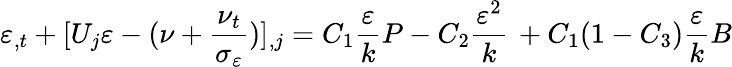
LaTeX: \varepsilon_{,t}+[U_{j}\varepsilon-(\nu+\frac{\nu_{t}}{\sigma_{\varepsilon}})]_{,j}=C_{1}\frac{\varepsilon}{k}P-C_{2}\frac{\varepsilon^{2}}{k}\, +C_{1}(1-C_{3})\frac{\varepsilon}{k}B